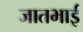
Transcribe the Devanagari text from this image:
जातभाई